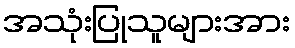
အသုံးပြုသူများအား